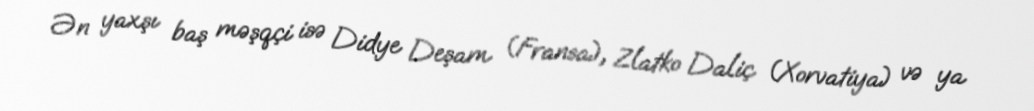
Ən yaxşı baş məşqçi isə Didye Deşam (Fransa), Zlatko Daliç (Xorvatiya) və ya